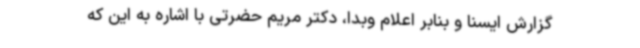
گزارش ایسنا و بنابر اعلام وبدا، دکتر مریم حضرتی با اشاره به این که